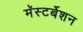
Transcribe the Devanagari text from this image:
मॅस्टर्बेशन